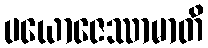
ပယောဇေဿာမာတိ